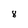
Character: 8